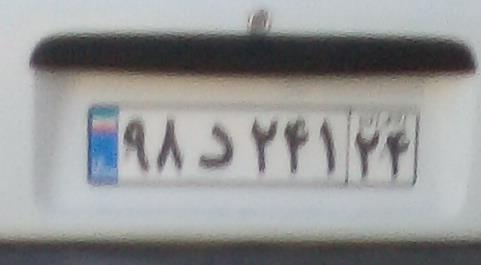
۹۸د۲۴۱۲۴